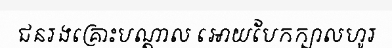
ជនរងគ្រោះបណ្តាល អោយបែកក្បាលហូរ